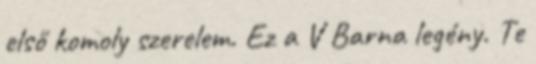
első komoly szerelem. Ez a V Barna legény. Te